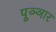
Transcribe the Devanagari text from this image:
पूञ्ञार